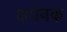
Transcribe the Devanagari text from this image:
क्षपनक